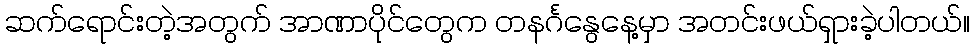
ဆက်ရောင်းတဲ့အတွက် အာဏာပိုင်တွေက တနင်္ဂနွေနေ့မှာ အတင်းဖယ်ရှားခဲ့ပါတယ်။